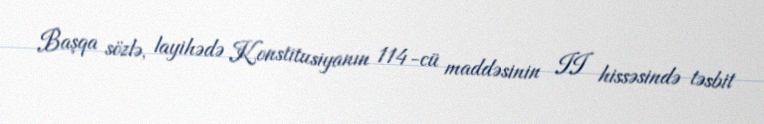
Başqa sözlə, layihədə Konstitusiyanın 114-cü maddəsinin II hissəsində təsbit